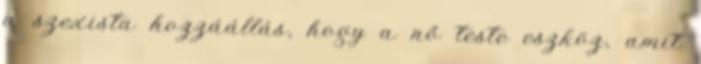
a szexista hozzáállás, hogy a nő teste eszköz, amit